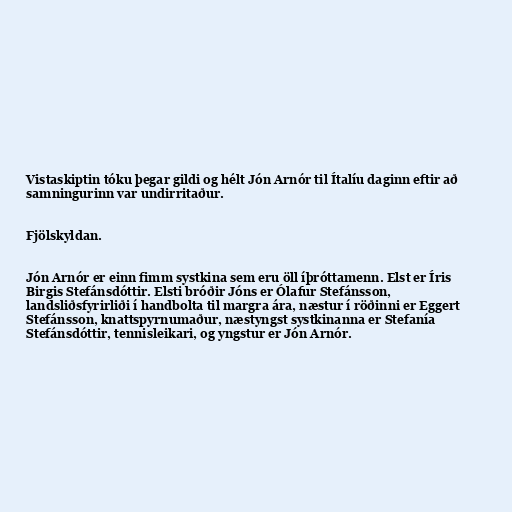
Vistaskiptin tóku þegar gildi og hélt Jón Arnór til Ítalíu daginn eftir að
samningurinn var undirritaður.

Fjölskyldan.

Jón Arnór er einn fimm systkina sem eru öll íþróttamenn. Elst er Íris
Birgis Stefánsdóttir. Elsti bróðir Jóns er Ólafur Stefánsson,
landsliðsfyrirliði í handbolta til margra ára, næstur í röðinni er Eggert
Stefánsson, knattspyrnumaður, næstyngst systkinanna er Stefanía
Stefánsdóttir, tennisleikari, og yngstur er Jón Arnór.